Senior Leaving Certificate Examination (including Day School Certificate (Higher) General paper), 1950
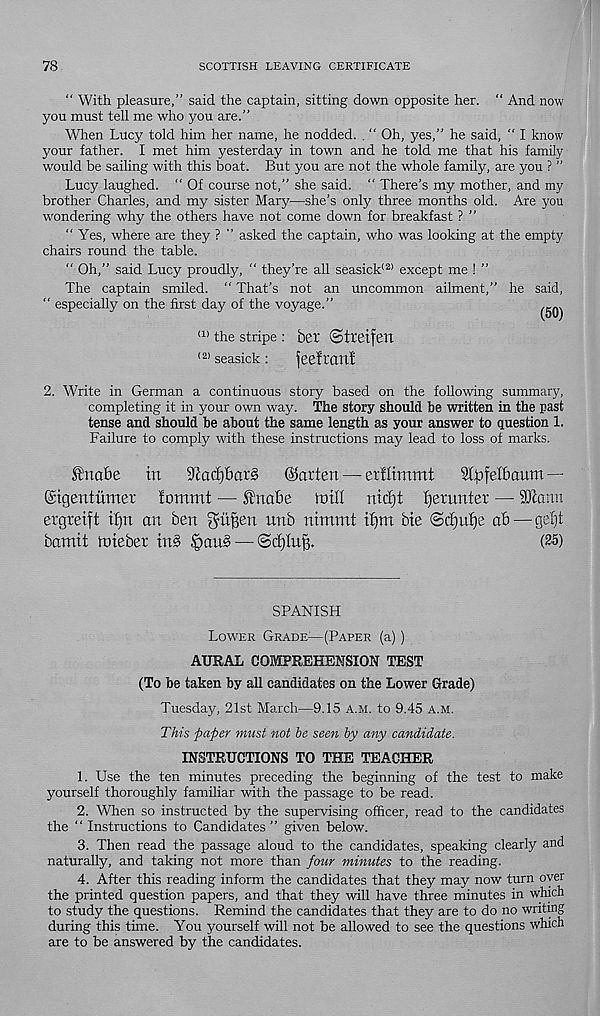
78
SCOTTISH LEAVING CERTIFICATE
“ With pleasure,” said the captain, sitting down opposite her. “ And now
you must tell me who you are.”
When Lucy told him her name, he nodded. “ Oh, yes,” he said, “ I know
your father. I met him yesterday in town and he told me that his family
would be sailing with this boat. But you are not the whole family, are you ? ”
Lucy laughed. “ Of course not,” she said. “ There’s my mother, and my
brother Charles, and my sister Mary—she’s only three months old. Are you
wondering why the others have not come down for breakfast ? ”
“ Yes, where are they ? ” asked the captain, who was looking at the empty
chairs round the table.
“ Oh,” said Lucy proudly, “ they’re all seasick' 2) except me ! ”
The captain smiled. " That’s not an uncommon ailment,” he said,
“ especially on the first day of the voyage.”
(1> the stripe: ber ©tteifen
(2) seasick :
jeeft’CtTlf
2. Write in German a continuous story based on the following summary,
completing it in your own way. The story should be written in the past
tense and should be about the same length as your answer to question 1.
Failure to comply with these instructions may lead to loss of marks.
Sfrtabe
in
9iacf)6ar§
(fatten — etflimmt
Stpfelbaum —
©igentumer lommt — f nabe mill nicE)t Remitter — 9ftann
ergreift t£)n an ben gatfien nnb nimmt tym bie (ScE)n^e ab — geljt
bamit mieber in§> |>an§ — ©c^In^.
(25)
SPANISH
Lower Grade—(Paper (a) )
AURAL COMPREHENSION TEST
(To be taken by all candidates on the Lower Grade)
Tuesday, 21st March—9.15 a.m. to 9.45 a.m.
This paper must not he seen by any candidate.
INSTRUCTIONS TO THE TEACHER
1. Use the ten minutes preceding the beginning of the test to make
yourself thoroughly familiar with the passage to be read.
2. When so instructed by the supervising officer, read to the candidates
the ” Instructions to Candidates ” given below.
3. Then read the passage aloud to the candidates, speaking clearly and
naturally, and taking not more than four minutes to the reading.
4. After this reading inform the candidates that they may now turn oyer
the printed question papers, and that they will have three minutes in which
to study the questions. Remind the candidates that they are to do no writing
during this time. You yourself will not be allowed to see the questions which
are to be answered by the candidates.